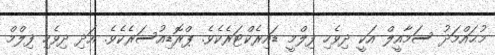
މުޙައްމަދު ސަމާއީލް އަކީ ދިވެހި ފިލްމީ ޑައިރެކްޓަރެކެވެ. ޕްރޮޑިއުސަރެކެވެ. އަދި ދިވެހި ފިލްމް